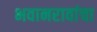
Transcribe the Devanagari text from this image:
भवानरावांचा